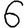
Digit: 6